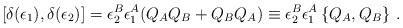
LaTeX: \begin{align*}[\delta(\epsilon_1),\delta(\epsilon_2)]=\epsilon_2^B\epsilon_1^A(Q_AQ_B+Q_BQ_A)\equiv \epsilon_2^B\epsilon_1^A \left\{Q_A, Q_B\right\}\,.\end{align*}